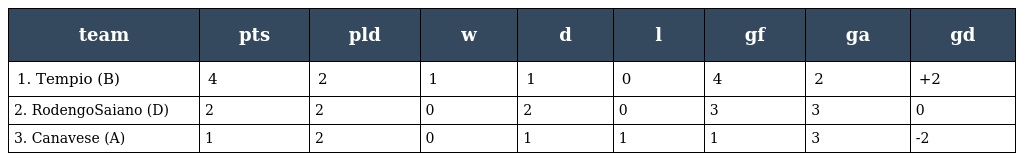
| team | pts | pld | w | d | l | gf | ga | gd |
 | --- | --- | --- | --- | --- | --- | --- | --- | --- |
 | 1. Tempio (B) | 4 | 2 | 1 | 1 | 0 | 4 | 2 | +2 |
 | 2. RodengoSaiano (D) | 2 | 2 | 0 | 2 | 0 | 3 | 3 | 0 |
 | 3. Canavese (A) | 1 | 2 | 0 | 1 | 1 | 1 | 3 | -2 |